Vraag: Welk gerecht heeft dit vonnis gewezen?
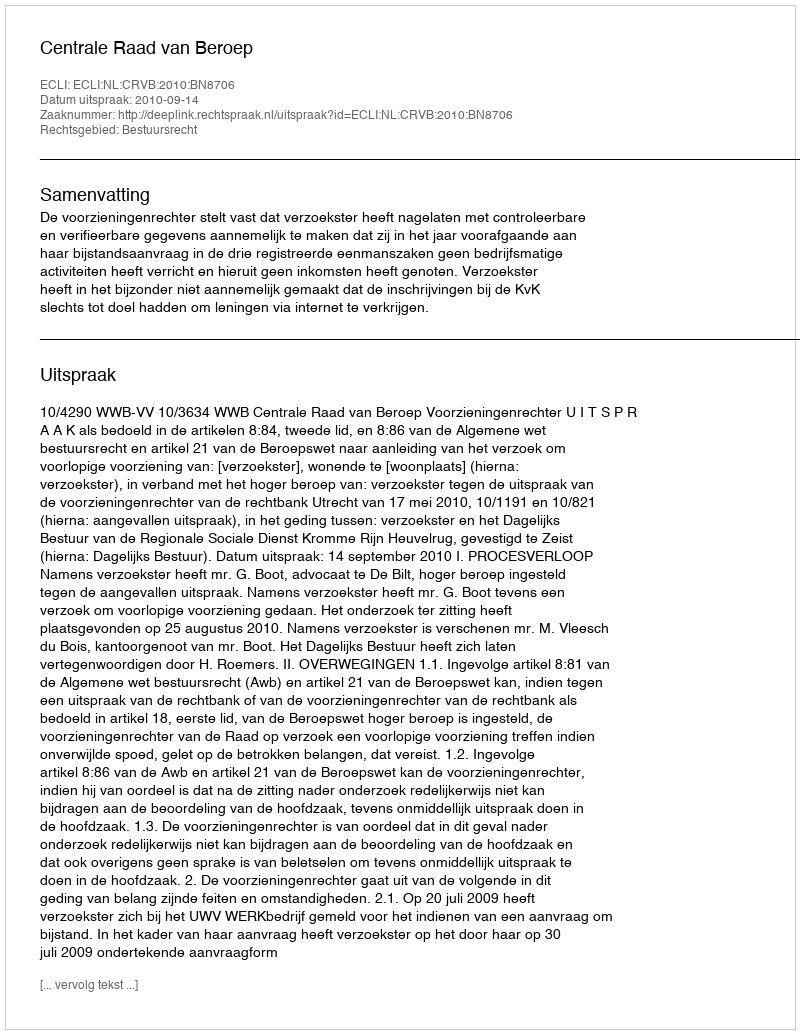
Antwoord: Centrale Raad van Beroep